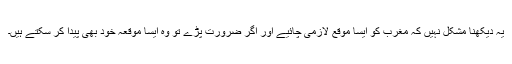
یہ دیکھنا مشکل نہیں کہ مغرب کو ایسا موقع لازمی چائیے اور اگر ضرورت پڑے تو وہ ایسا موقعہ خود بھی پیدا کر سکتے ہیں۔